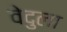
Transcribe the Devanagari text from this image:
वेदुला